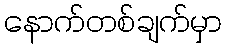
နောက်တစ်ချက်မှာ